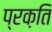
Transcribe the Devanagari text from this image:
प्रक़ति